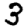
Digit: 3